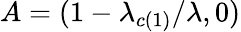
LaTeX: A=(1-\lambda_{c(1)}/\lambda,0)